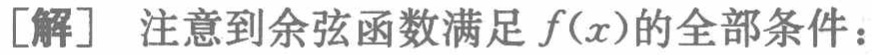
[解] 注意到余弦函数满足 \(f(x)\) 的全部条件：